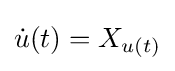
{\dot {u}}(t)=X_{u(t)}